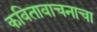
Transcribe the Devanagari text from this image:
कवितावाचनाचा